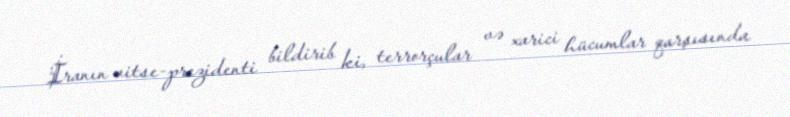
İranın vitse-prezidenti bildirib ki, terrorçular və xarici hücumlar qarşısında